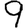
Digit: 9